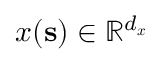
\boldsymbol { x } ( \mathbf { s } ) \in \mathbb { R } ^ { d _ { \boldsymbol { x } } }